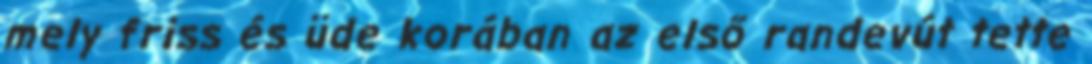
mely friss és üde korában az első randevút tette